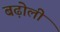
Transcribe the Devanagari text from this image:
बढ़ोली